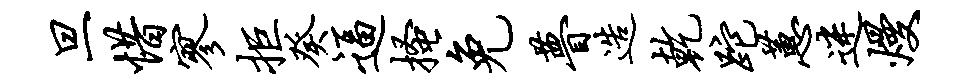
旦惜寥拒癸逼搔免瞢造乾跎蕙迷熳